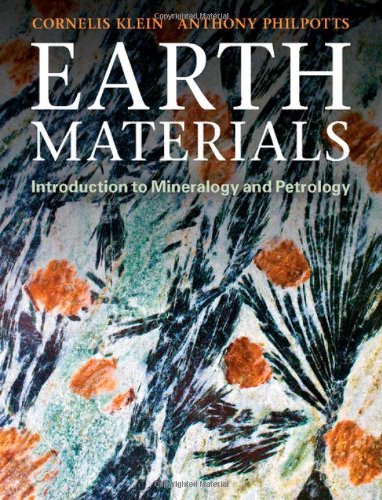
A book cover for Earth Materials: Introduction to Mineralogy and Petrology; Cornelis Klein; Science & Math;